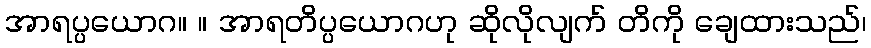
အာရပ္ပယောဂ။ ။ အာရတိပ္ပယောဂဟု ဆိုလိုလျက် တိကို ချေထားသည်၊